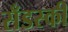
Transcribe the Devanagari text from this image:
सँडस्की